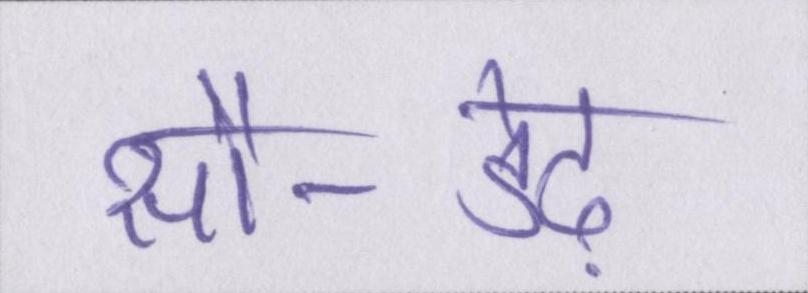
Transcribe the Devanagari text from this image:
सौ-डेढ़